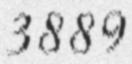
3889